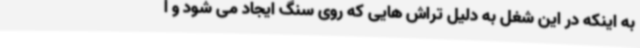
به اینکه در این شغل به دلیل تراش هایی که روی سنگ ایجاد می شود و ا